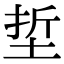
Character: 埑